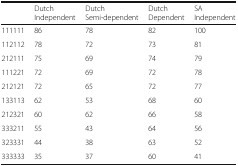
<table><thead><tr><td></td><td><b>Dutch Independent</b></td><td><b>Dutch Semi-dependent</b></td><td><b>Dutch Dependent</b></td><td><b>SA Independent</b></td></tr></thead><tbody><tr><td>111111</td><td>86</td><td>78</td><td>82</td><td>100</td></tr><tr><td>112112</td><td>78</td><td>72</td><td>73</td><td>81</td></tr><tr><td>212111</td><td>75</td><td>69</td><td>74</td><td>79</td></tr><tr><td>111221</td><td>72</td><td>69</td><td>72</td><td>78</td></tr><tr><td>212121</td><td>72</td><td>65</td><td>72</td><td>77</td></tr><tr><td>133113</td><td>62</td><td>53</td><td>68</td><td>60</td></tr><tr><td>212321</td><td>60</td><td>62</td><td>66</td><td>58</td></tr><tr><td>333211</td><td>55</td><td>43</td><td>64</td><td>56</td></tr><tr><td>323331</td><td>44</td><td>38</td><td>63</td><td>52</td></tr><tr><td>333333</td><td>35</td><td>37</td><td>60</td><td>41</td></tr></tbody></table>